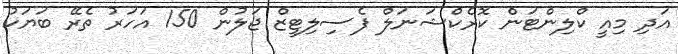
އަދި މިއީ ކްލިންޓަން ކޮރެކްޝަނަލް ފެސިލިޓީޒް ޖަލުން 150 އަހަރު ތެރޭ ބަޔަކު